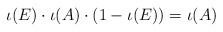
\begin{align*}\iota(E) \cdot \iota(A) \cdot (1-\iota(E)) = \iota(A)\end{align*}